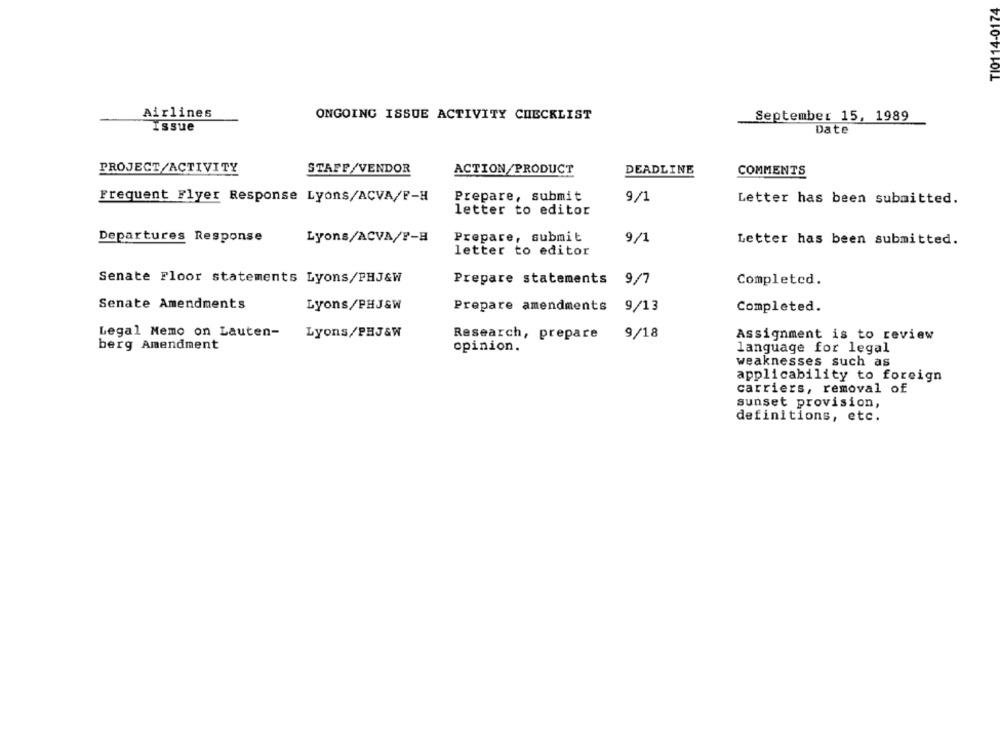
TI0114-0174
Airlines
ONGOING ISSUE ACTIVITY CHECKLIST
September 15, 1989
Issue
Date
PROJECT/ACTIVITY
STAFF/VENDOR
ACTION/PRODUCT
DEADLINE
COMMENTS
Frequent Flyer Response Lyons/ACVA/F-H
Prepare, submit
9/1
Letter has been submitted.
letter to editor
Departures Response
Lyons/ACVA/F-B
Prepare, submit
9/1
Letter has been submitted.
letter to editor
Senate Floor statements Lyons/PHJ&W
Prepare statements
9/7
Completed.
Senate Amendments
Lyons/PHJ&W
Prepare amendments
9/13
Completed.
Legal Memo on Lauten-
Lyons/PHJ&W
Research, prepare
9/18
Assignment is to review
berg Amendment
opinion.
language for legal
weaknesses such as
applicability to foreign
carriers, removal of
sunset provision,
definitions, etc.